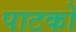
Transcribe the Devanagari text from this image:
पाटकों